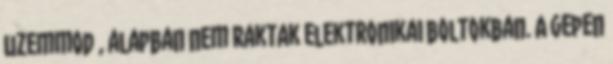
uzemmod , alapban nem raktak elektronikai boltokban. A gepen